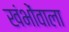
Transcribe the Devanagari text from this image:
खंभोंवाला